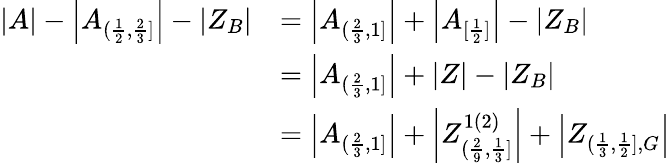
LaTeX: \begin{array}{rl}{|A|-\left|A_{(\frac{1}{2},\frac{2}{3}]}\right|-|Z_{B}|}&{=\left|A_{(\frac{2}{3},1]}\right|+\left|A_{[\frac{1}{2}]}\right|-|Z_{B}|}\\ &{=\left|A_{(\frac{2}{3},1]}\right|+|Z|-|Z_{B}|}\\ &{=\left|A_{(\frac{2}{3},1]}\right|+\left|Z_{(\frac{2}{9},\frac{1}{3}]}^{1(2)}\right|+\left|Z_{(\frac{1}{3},\frac{1}{2}],G}\right|}\end{array}